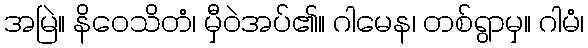
အမြဲ။ နိဝေသိတံ၊ မှီဝဲအပ်၏။ ဂါမေန၊ တစ်ရွာမှ။ ဂါမံ၊